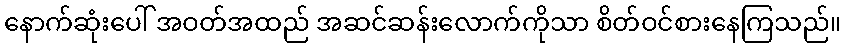
နောက်ဆုံးပေါ် အဝတ်အထည် အဆင်ဆန်းလောက်ကိုသာ စိတ်ဝင်စားနေကြသည်။